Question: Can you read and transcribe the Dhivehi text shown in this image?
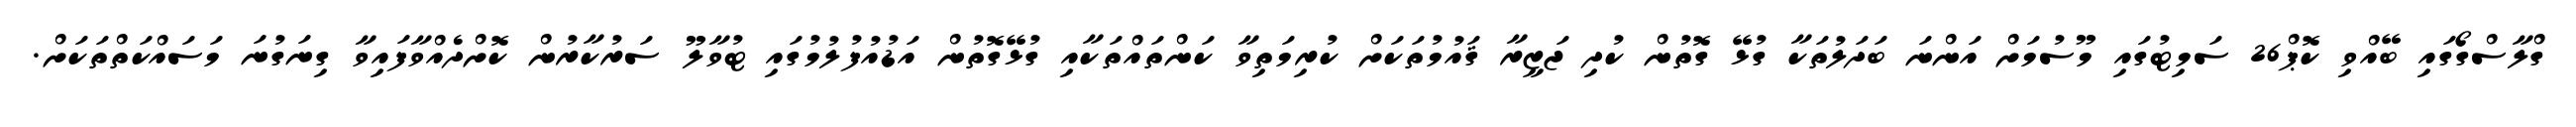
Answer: ގްލާސްގޯގައި ބޭއްވި ކޮޕް26 ސަމިޓުގައި މޫސުމަށް އަންނަ ބަދަލުތަކާ ގުޅޭ ގޮތުން ކުދި ޖަޒީރާ ޤައުމުތަކަށް ކުރިމަތިވާ ކަންތައްތަކާއި ގުޅޭގޮތުން އަޑުއުފުލުމުގައި ޓުވާލޫ ސަރުކާރުން ކޮށްދެއްވާފައިވާ ގިނަގުނަ މަސައްކަތްތަކަށް.